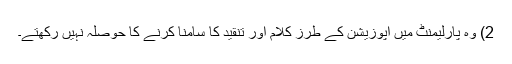
2) وہ پارلیمنٹ میں اپوزیشن کے طرز کلام اور تنقید کا سامنا کرنے کا حوصلہ نہیں رکھتے۔